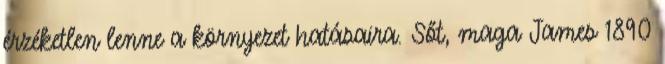
érzéketlen lenne a környezet hatásaira. Sőt, maga James 1890